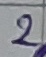
Text: 2